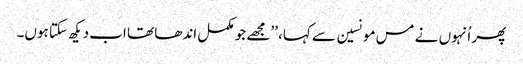
پھر اُنہوں نے مس مونسین سے کہا، ’’مجھے جو مکمل اندھا تھا اب دیکھ سکتا ہوں۔